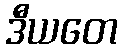
ဒီယတေ